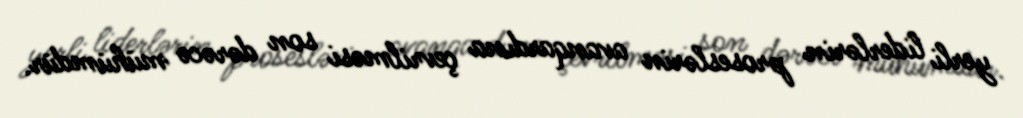
yerli liderlərin proseslərin avanqardına çevrilməsi son dərəcə mühümdür.